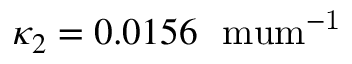
\kappa _ { 2 } = 0 . 0 1 5 6 ~ \mathrm { \ m u m ^ { - 1 } }